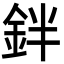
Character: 鉡